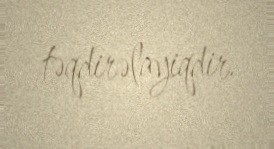
təqdirəlayiqdir.